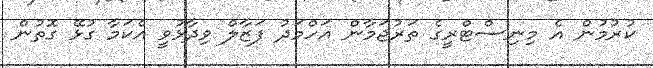
ކުރުމުން އެ މިނިސްޓްރީގެ ތަރުޖަމާން އަހްމަދު ފަޒާލް ވިދާޅުވީ އެކަމާ ގުޅޭ ގޮތުން